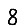
Digit: 8